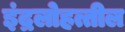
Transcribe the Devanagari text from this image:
इंद्रलोहत्तील